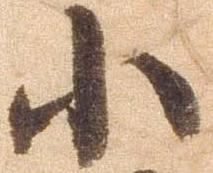
小